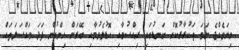
ގިނަވެއްޖެ ނަމަ ތަކުރާރުކޮށް ބަނޑުގައި ރިއްސުމާއި ހޮޑުލެވުމާއި ބޭރަށް ހިންގުން ފަދަ މައްސަލަތައް